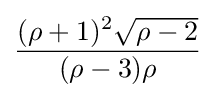
{\frac {(\rho +1)^{2}{\sqrt {\rho -2}}}{(\rho -3)\rho }}